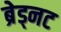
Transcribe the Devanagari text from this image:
ब्रेड्नट